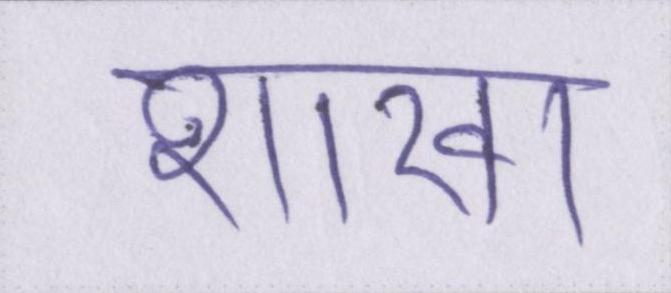
शाखा